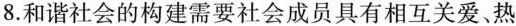
8.和谐社会的构建需要社会成员具有相互关爱、热